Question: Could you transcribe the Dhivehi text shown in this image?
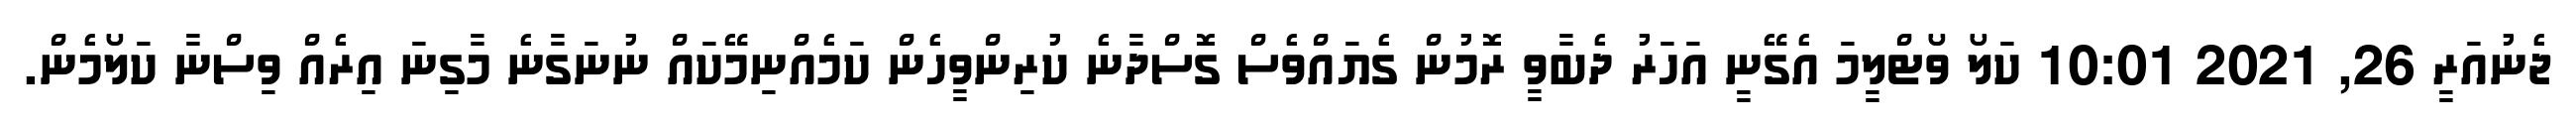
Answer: ޖެނުއަރީ 26, 2021 10:01 ކަލޯ ވޯޓްލީމަ އެގޭނީ އަހަރު ދެބާވީ ރޮމުން ގެޔައްވެސް ގޮސްދާނެ ކުރިންވީހެން ކަމެއްނިމޭކައް ނުނަގާނެ މާގިނަ އިރެއް ވިސްނާ ކަލޯމެން.